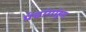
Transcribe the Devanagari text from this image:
पंचांगांहून